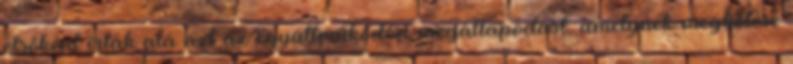
elsőként írták alá azt az együttműködési megállapodást, amelynek megkötése